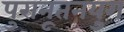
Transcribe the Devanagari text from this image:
पुरानूतनयुग